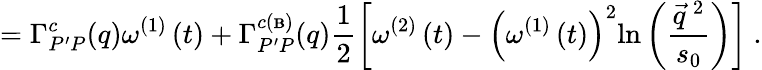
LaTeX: =\Gamma_{P^{\prime}P}^{c}(q)\omega^{\left(1\right)}\left(t\right)+\Gamma_{P^{\prime}P}^{c\left({\scriptsize{\mathbf{B}}}\right)}(q)\frac{{1}}{{2}}\left[\omega^{\left(2\right)}\left(t\right)-\left(\omega^{\left(1\right)}\left(t\right)\right)^{2}\mathrm{{ln}}\left(\frac{{\vec{{q}}^{~2}}}{{s_{0}}}\right)\right]\ .